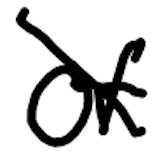
Text: of
Cross-out: diagonal
Writing tool: digital_black